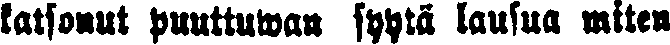
katsonut puuttuwan syytä lausua miten